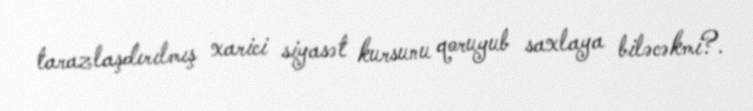
tarazlaşdırılmış xarici siyasət kursunu qoruyub saxlaya biləcəkmi?.